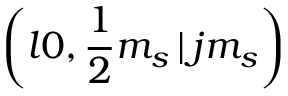
\left( l 0 , \frac { 1 } { 2 } m _ { s } \, | \, j m _ { s } \right)